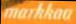
markkaa